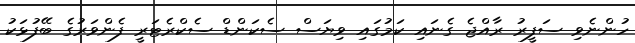
ހުންނެވި ސަފީރު ރާއްޖެ ގެނައި ކަމުގައި ވިޔަސް ސެކަންޑް ސެކްރެޓަރީ ފެންވަރުގެ ބޭފުޅަކު